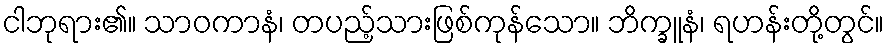
ငါဘုရား၏။ သာဝကာနံ၊ တပည့်သားဖြစ်ကုန်သော။ ဘိက္ခူနံ၊ ရဟန်းတို့တွင်။